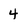
Character: 4